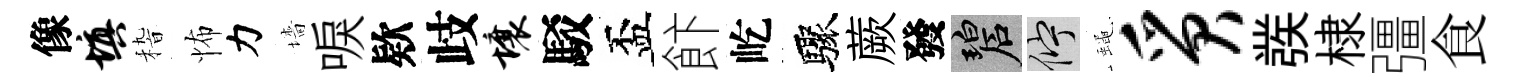
像填𥟵怖力墻唳欵歧壤駁盃飰屹驟蕨發碧伫蠅质彂棣彊食